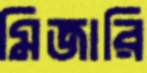
মিজারি